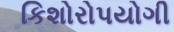
કિશોરોપયોગી